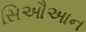
સિઔઆન